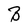
Character: B